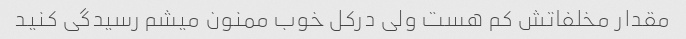
مقدار مخلفاتش کم هست ولی درکل خوب ممنون میشم رسیدگی کنید